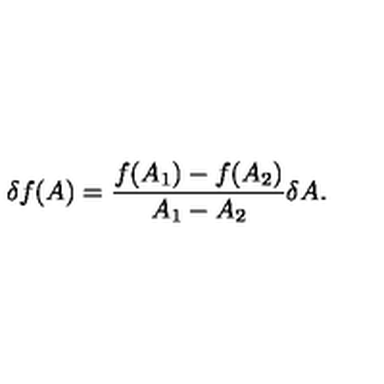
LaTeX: \delta f ( A ) = \frac { f ( A _ { 1 } ) - f ( A _ { 2 } ) } { A _ { 1 } - A _ { 2 } } \delta A .